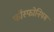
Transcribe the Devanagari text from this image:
फॉस्फोनियम